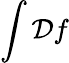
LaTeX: \int{\cal D}f